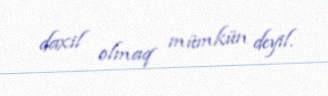
daxil olmaq mümkün deyil.